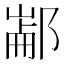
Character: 𰻶